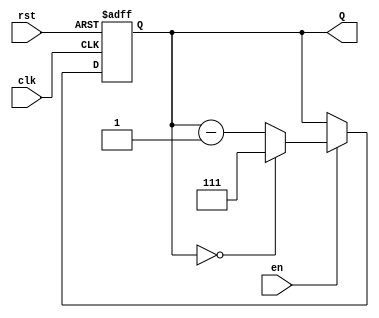
module binary_down_counter (
    input wire clk,     // Clock input
    input wire rst,     // Asynchronous reset
    input wire en,      // Enable signal
    output reg [2:0] Q  // 3-bit output for the counter
);

    // Maximum count value for 3-bit counter
    localparam MAX_COUNT = 3'b111; // 7 in decimal

    // Asynchronous reset and counting logic
    always @(posedge clk or posedge rst) begin
        if (rst) begin
            Q <= MAX_COUNT; // Load maximum value on reset
        end else if (en) begin
            if (Q == 3'b000) begin
                Q <= MAX_COUNT; // Wrap around to MAX_COUNT
            end else begin
                Q <= Q - 1; // Decrement count
            end
        end
        // If en is low, do nothing and hold current value
    end

endmodule